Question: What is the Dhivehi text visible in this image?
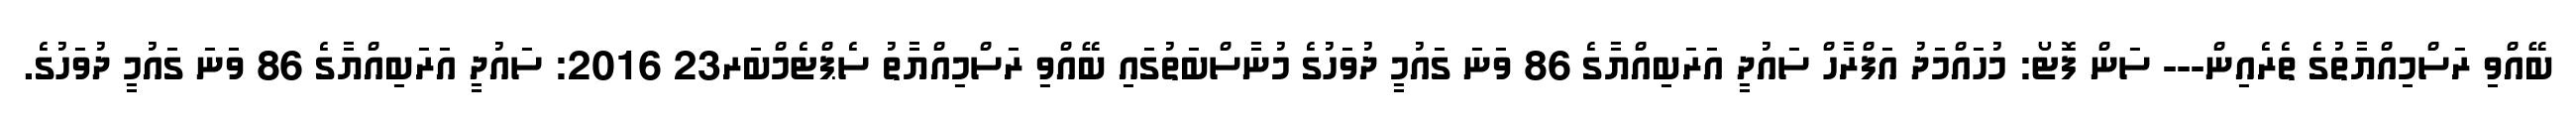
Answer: ބޭއްވި ރަސްމިއްޔާތުގެ ތެރެއިން--- ސަން ފޮޓޯ: މުހައްމަދު އަފްރާހް ސައުދީ އަރަބިއްޔާގެ 86 ވަނަ ގައުމީ ދުވަހުގެ މުނާސްބަތުގައި ބޭއްވި ރަސްމިއްޔާތު ސެޕްޓެމްބަރ23 2016: ސައުދީ އަރަބިއްޔާގެ 86 ވަނަ ގައުމީ ދުވަހުގެ.